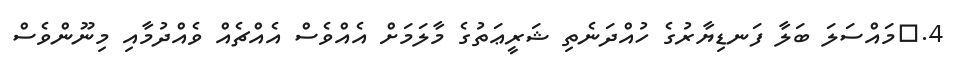
4.	މައްސަލަ ބަލާ ފަނޑިޔާރުގެ ހުއްދަނެތި ޝަރީޢަތުގެ މާލަމަށް އެއްވެސް އެއްޗެއް ވެއްދުމާއި މިނޫންވެސް